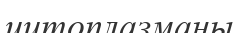
цитоплазманы